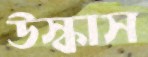
উস্‌কাস